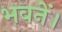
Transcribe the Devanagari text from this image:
भवनें।